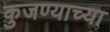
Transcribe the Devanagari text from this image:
कुजण्याच्या